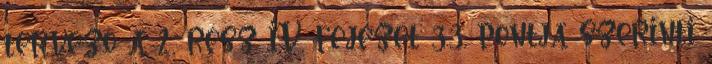
tervezõ a 2. rész IV. fejezet 3.3. pontja szerinti